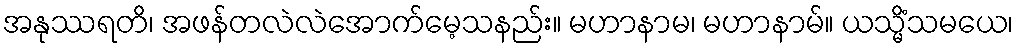
အနုဿရတိ၊ အဖန်တလဲလဲအောက်မေ့သနည်း။ မဟာနာမ၊ မဟာနာမ်။ ယသ္မိံသမယေ၊